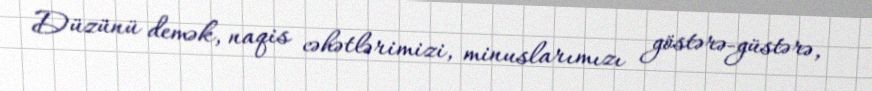
Düzünü demək, naqis cəhətlərimizi, minuslarımızı göstərə-güstərə,